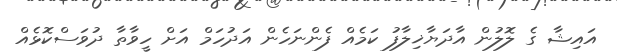
އައިޝާ ގެ ލޮލުން އާދަޔާޚިލާފު ކަމެއް ފެންނަހެން އަދުހަމް އަށް ހީވާތާ ދުވަސްކޮޅެއް